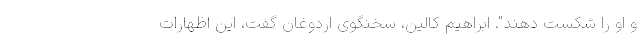
و او را شکست دهند". ابراهیم کالین، سخنگوی اردوغان گفت، این اظهارات